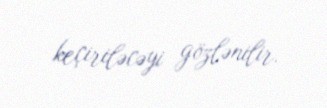
keçiriləcəyi gözlənilir.